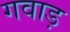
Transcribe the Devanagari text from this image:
गवाड़